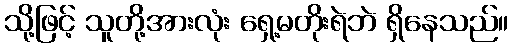
သို့ဖြင့် သူတို့အားလုံး ရှေ့မတိုးရဲဘဲ ရှိနေသည်။